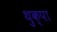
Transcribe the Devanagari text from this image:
थुक्पा